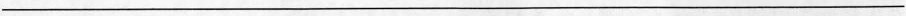
___